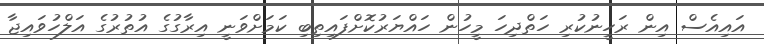
އައިއެސް އިން ރަހީނުކުރި ހަތްދިހަ މީހުން ހައްޔަރުކޮށްފައިތިބި ކަމަށްވަނީ އިރާގުގެ އުތުރުގެ އަލްހުވައިޖާ